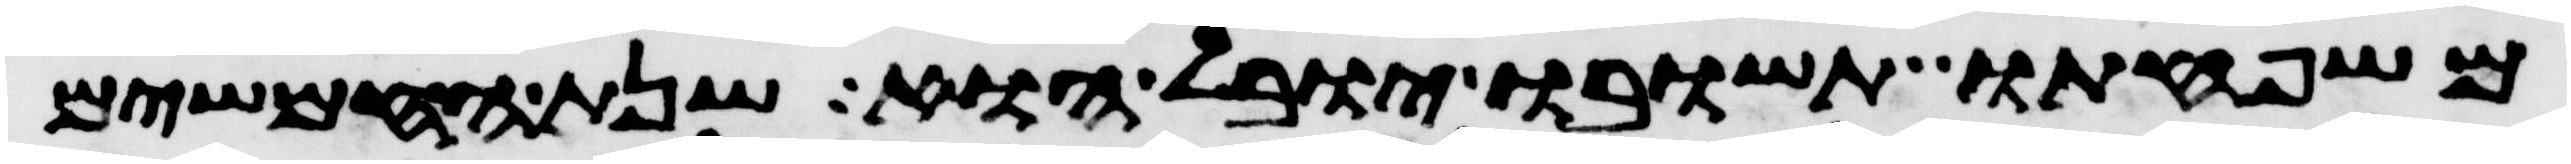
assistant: משפחתו תשובו יובל הוא שנת החמשים